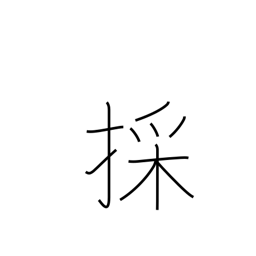
Meaning: fetch